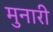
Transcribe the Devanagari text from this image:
मुनारी